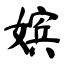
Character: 嫔